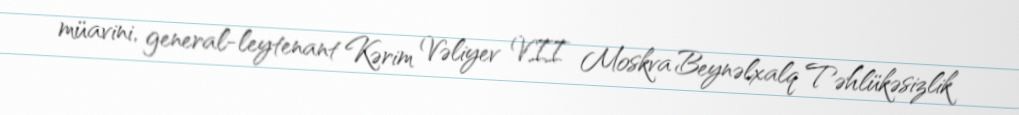
müavini, general-leytenant Kərim Vəliyev VII Moskva Beynəlxalq Təhlükəsizlik